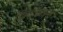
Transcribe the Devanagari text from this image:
क्रिनॉइड्स